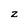
Character: z